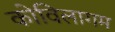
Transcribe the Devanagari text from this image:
कोविलागम